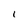
Character: l